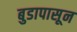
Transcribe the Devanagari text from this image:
बुडापासून